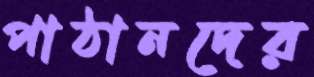
পাঠানদের